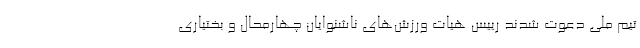
تیم ملی دعوت شدند رییس هیات ورزش‌های ناشنوایان چهارمحال و بختیاری